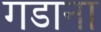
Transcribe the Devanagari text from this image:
गडाना